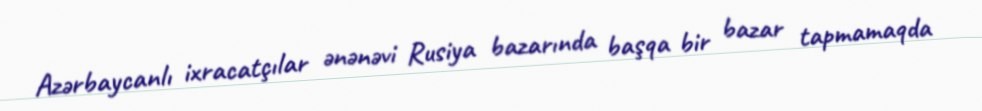
Azərbaycanlı ixracatçılar ənənəvi Rusiya bazarında başqa bir bazar tapmamaqda